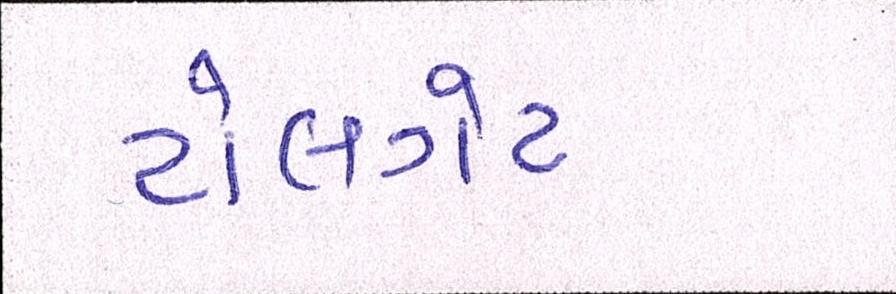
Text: ટોલગેટ